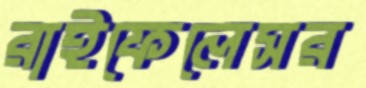
রাইফেলেসর